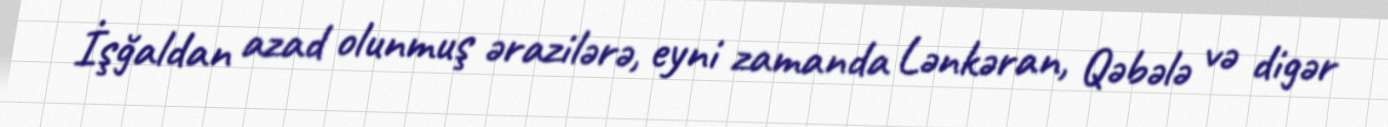
İşğaldan azad olunmuş ərazilərə, eyni zamanda Lənkəran, Qəbələ və digər